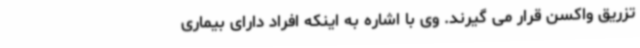
تزریق واکسن قرار می گیرند. وی با اشاره به اینکه افراد دارای بیماری